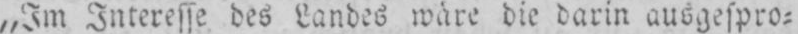
„Im Interesse des Landes wäre die darin ausgespro⸗